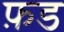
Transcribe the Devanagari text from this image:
फ़ड